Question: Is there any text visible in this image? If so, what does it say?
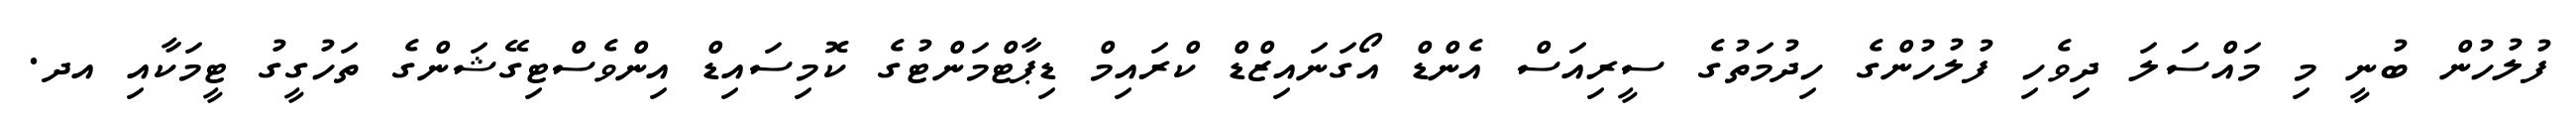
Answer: ފުލުހުން ބުނީ މި މައްސަލަ ދިވެހި ފުލުހުންގެ ހިދުމަތުގެ ސީރިއަސް އެންޑް އޯގަނައިޒްޑް ކްރައިމް ޑިޕާޓްމަންޓުގެ ކޮމިސައިޑް އިންވެސްޓިގޭޝަންގެ ތަހުގީގު ޓީމަކާއި އދ.